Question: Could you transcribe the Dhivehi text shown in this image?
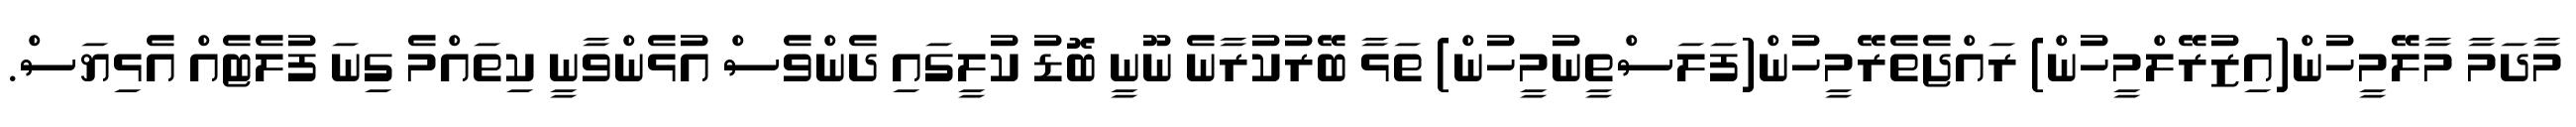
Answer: މާދަމާ މާލޭމީހުން(އިޒުރޭލްމީހުން) ރައްޖެތެރޭމީހުން(ފަލަސްތީނުމީހުން) ތަޅާ ބޭރުކުރާނެ ނޫނީ ބޮޑު ކުލީގައި ދެންވެސް އުޅެންވާނީ ކިތައްމެ ގިނަ ފުލެޓެއް އެޅިޔަސް.